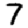
Digit: 7